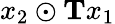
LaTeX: x_{2}\odot\mathbf{T}x_{1}